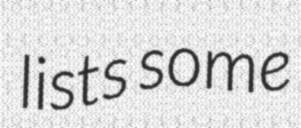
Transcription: lists some